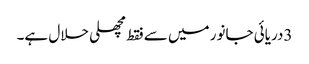
3دریائی جانور میں سے فقط مچھلی حلال ہے۔